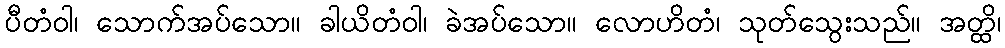
ပီတံဝါ၊ သောက်အပ်သော။ ခါယိတံဝါ၊ ခဲအပ်သော။ လောဟိတံ၊ သုတ်သွေးသည်။ အတ္ထိ၊